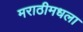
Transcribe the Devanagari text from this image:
मराठीमधला